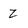
Character: Z